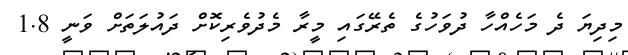
މިދިޔަ ދެ މަހެއްހާ ދުވަހުގެ ތެރޭގައި މީރާ މެދުވެރިކޮށް ދައުލަތަށް ވަނީ 1.8